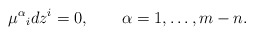
\begin{align*}\mu^\alpha{}_i dz^i = 0, \qquad \alpha = 1, \ldots, m-n.\end{align*}